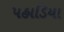
પહાડિયા